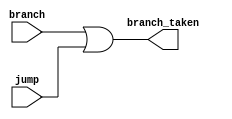
module BranchDetector (
    input branch, jump,
    output branch_taken
);
    assign branch_taken = branch || jump;
endmodule